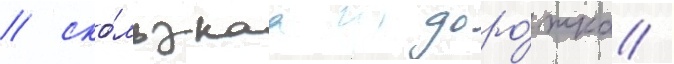
/ ско́льзкаа доро́жка /